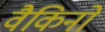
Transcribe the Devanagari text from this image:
वैकिनो